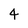
Character: 4